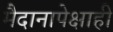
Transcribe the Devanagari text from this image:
मैदानापेक्षाही